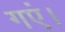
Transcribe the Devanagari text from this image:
गएं।